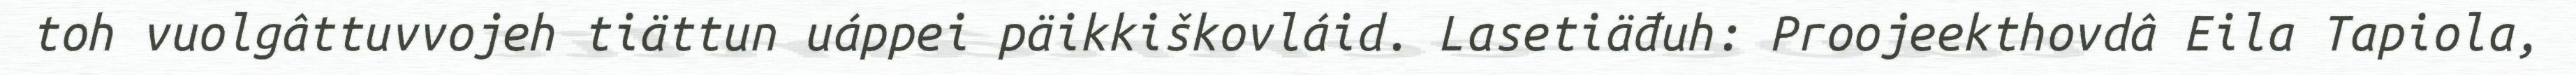
toh vuolgâttuvvojeh tiättun uáppei päikkiškovláid. Lasetiäđuh: Proojeekthovdâ Eila Tapiola,